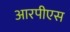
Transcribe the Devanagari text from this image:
आरपीएस